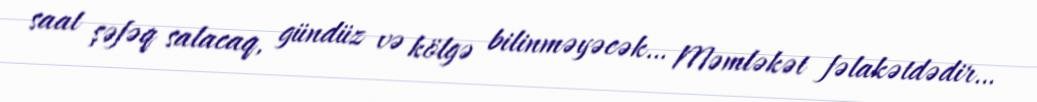
saat şəfəq salacaq, gündüz və kölgə bilinməyəcək… Məmləkət fəlakətdədir…